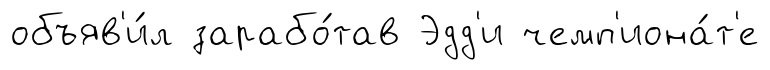
объяв'и́л зарабо́тав Эдд'и чемп'иона́т'е